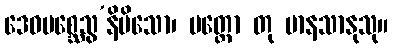
ဒေဝမစ္ဆေသွ’နိမိသော၊ ပတ္ထော တု မာနသာနုသု။